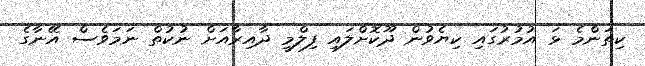
ކިތަންމެ ޅަ އުމުރުގައި ކިޔެވުން ދޫކޮށްލައި ފިލްމީ ދާއިރާއަށް ނުކުތް ނަމަވެސް އޭނާގެ